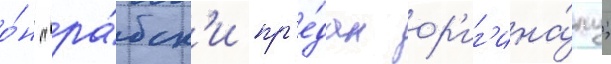
о́н "ра́бск'и пр'е́дан ор'иг'ина́лу;